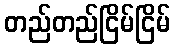
တည်တည်ငြိမ်ငြိမ်